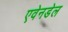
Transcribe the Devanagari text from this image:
एवेनडेल